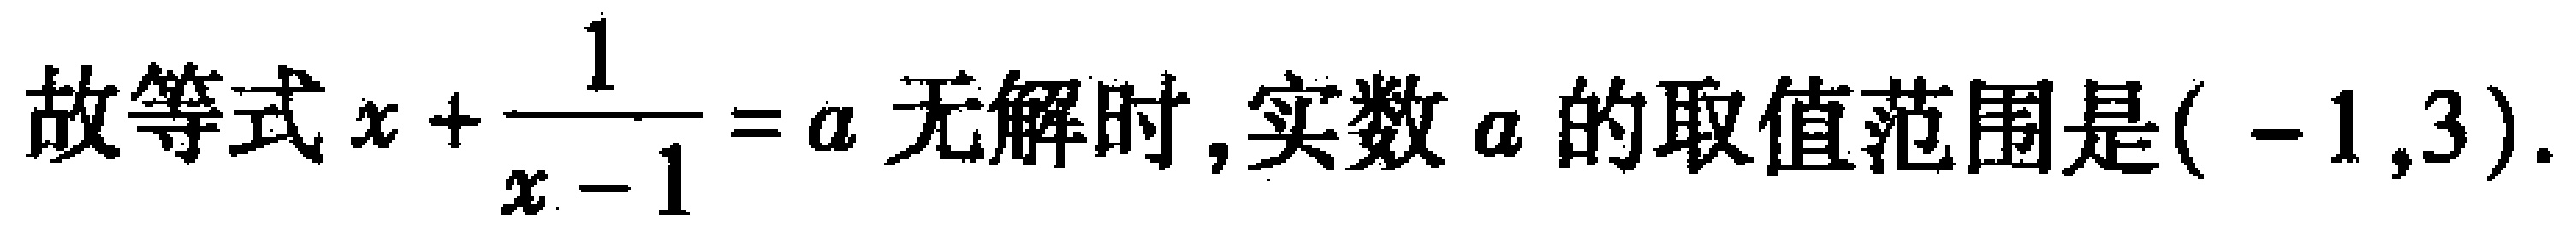
故等式\(x+\frac{1}{x - 1}=a\)无解时,实数\(a\)的取值范围是\(( - 1,3)\).